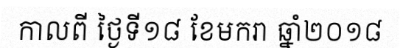
កាលពី ថ្ងៃទី១៨ ខែមករា ឆ្នាំ២០១៨